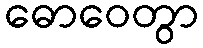
ဓောဝေတွာ